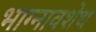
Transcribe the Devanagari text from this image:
भाग्नावशेथ